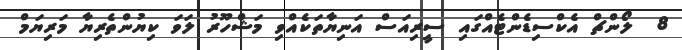
8  ލޯންޗް އެކްސިޑެންޓެއްގައި ސީރިއަސް އަނިޔާތަކެއްވި މަޝްހޫރު ލަވަ ކިޔުންތެރިޔާ މަރިޔަމް